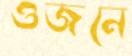
ওজনে